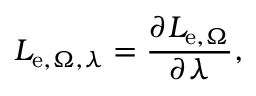
L _ { \mathrm { e } , \Omega , \lambda } = { \frac { \partial L _ { \mathrm { e } , \Omega } } { \partial \lambda } } ,